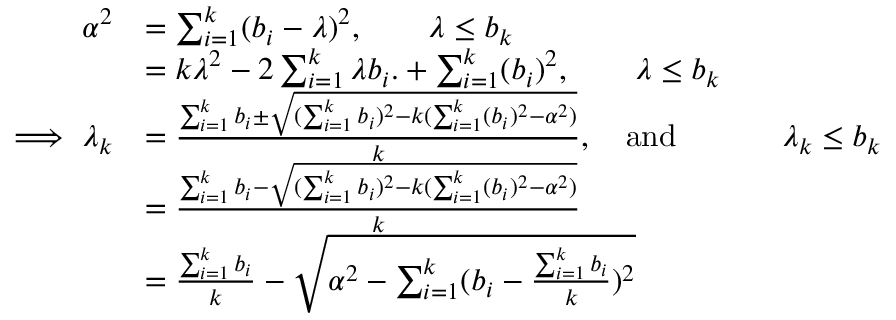
\begin{array} { r l } { \alpha ^ { 2 } } & { = \sum _ { i = 1 } ^ { k } ( b _ { i } - \lambda ) ^ { 2 } , \qquad \lambda \leq b _ { k } } \\ & { = k \lambda ^ { 2 } - 2 \sum _ { i = 1 } ^ { k } \lambda b _ { i } . + \sum _ { i = 1 } ^ { k } ( b _ { i } ) ^ { 2 } , \qquad \lambda \leq b _ { k } } \\ { \implies \lambda _ { k } } & { = \frac { \sum _ { i = 1 } ^ { k } b _ { i } \pm \sqrt { ( \sum _ { i = 1 } ^ { k } b _ { i } ) ^ { 2 } - k ( \sum _ { i = 1 } ^ { k } ( b _ { i } ) ^ { 2 } - \alpha ^ { 2 } ) } } { k } , \quad \mathrm { a n d ~ } \quad \qquad \lambda _ { k } \leq b _ { k } } \\ & { = \frac { \sum _ { i = 1 } ^ { k } b _ { i } - \sqrt { ( \sum _ { i = 1 } ^ { k } b _ { i } ) ^ { 2 } - k ( \sum _ { i = 1 } ^ { k } ( b _ { i } ) ^ { 2 } - \alpha ^ { 2 } ) } } { k } } \\ & { = \frac { \sum _ { i = 1 } ^ { k } b _ { i } } { k } - \sqrt { \alpha ^ { 2 } - \sum _ { i = 1 } ^ { k } ( b _ { i } - \frac { \sum _ { i = 1 } ^ { k } b _ { i } } { k } ) ^ { 2 } } } \end{array}